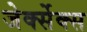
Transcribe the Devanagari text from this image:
जेर्क्सेक्स